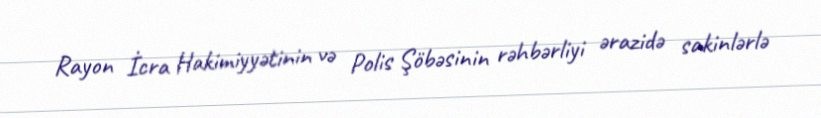
Rayon İcra Hakimiyyətinin və Polis Şöbəsinin rəhbərliyi ərazidə sakinlərlə